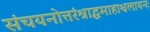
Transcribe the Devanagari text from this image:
संचयनोत्तरंश्राद्धमाहाश्वलायनः